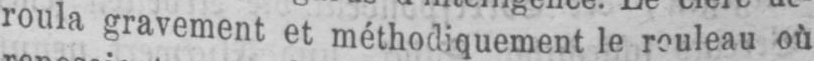
roula gravement et méthodiquement le rouleau où